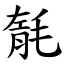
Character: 毻